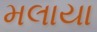
મલાયા